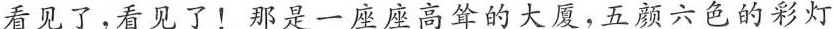
看见了，看见了！那是一座座高耸的大厦，五颜六色的彩灯